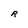
Character: R